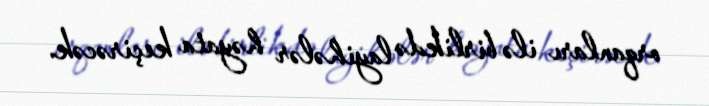
orqanları ilə birlikdə layihələr həyata keçirəcək.